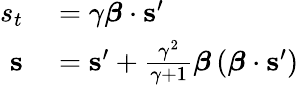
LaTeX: \begin{array}{rl}{s_{t}}&{{}=\gamma{\boldsymbol{\beta}}\cdot\mathbf{s}^{\prime}}\\ {\mathbf{s}}&{{}=\mathbf{s}^{\prime}+{\frac{\gamma^{2}}{\gamma+1}}{\boldsymbol{\beta}}\left({\boldsymbol{\beta}}\cdot\mathbf{s}^{\prime}\right)}\end{array}